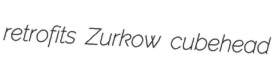
retrofits Zurkow cubehead